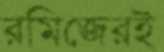
রমিজেরই